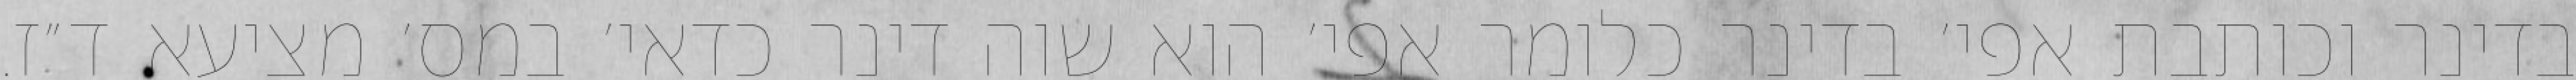
בדינר וכותבת אפי׳ בדינר כלומר אפי׳ הוא שוה דינר כדאי׳ במס׳ מציעא ד״ז.